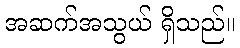
အဆက်အသွယ် ရှိသည်။